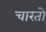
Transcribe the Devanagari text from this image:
चारतो